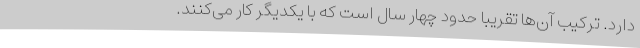
دارد. ترکیب آن‌ها تقریباً حدود چهار سال است که با یکدیگر کار می‌کنند.